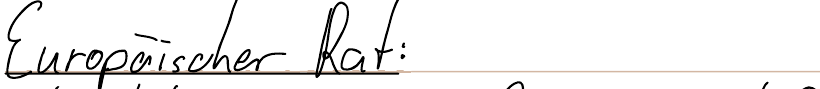
Europäischer Rat: